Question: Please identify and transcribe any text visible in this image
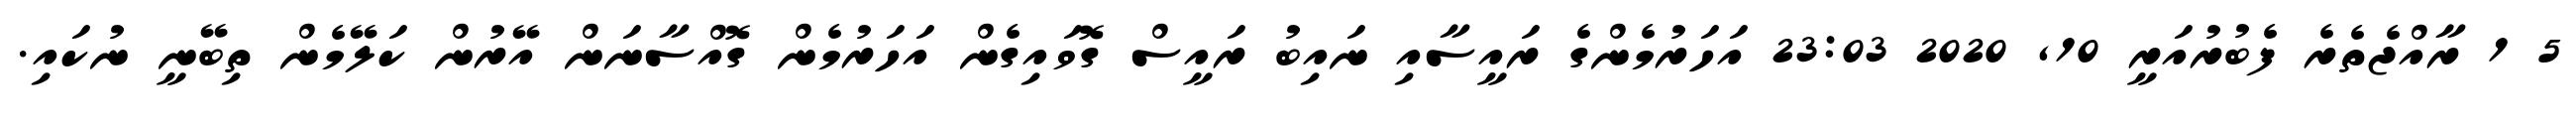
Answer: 5 1 ރާއްޖެތެރެ ފެބުރުއަރީ 10, 2020 23:03 އަހަރުމެންގެ ރައީސާއި ނައިބު ރައީސް ގޮވައިގެން އަހަރުމެން ގޮއްސާނަން އޭރުން ކަލޭމެން ތިބޭނީ ނުކައި.